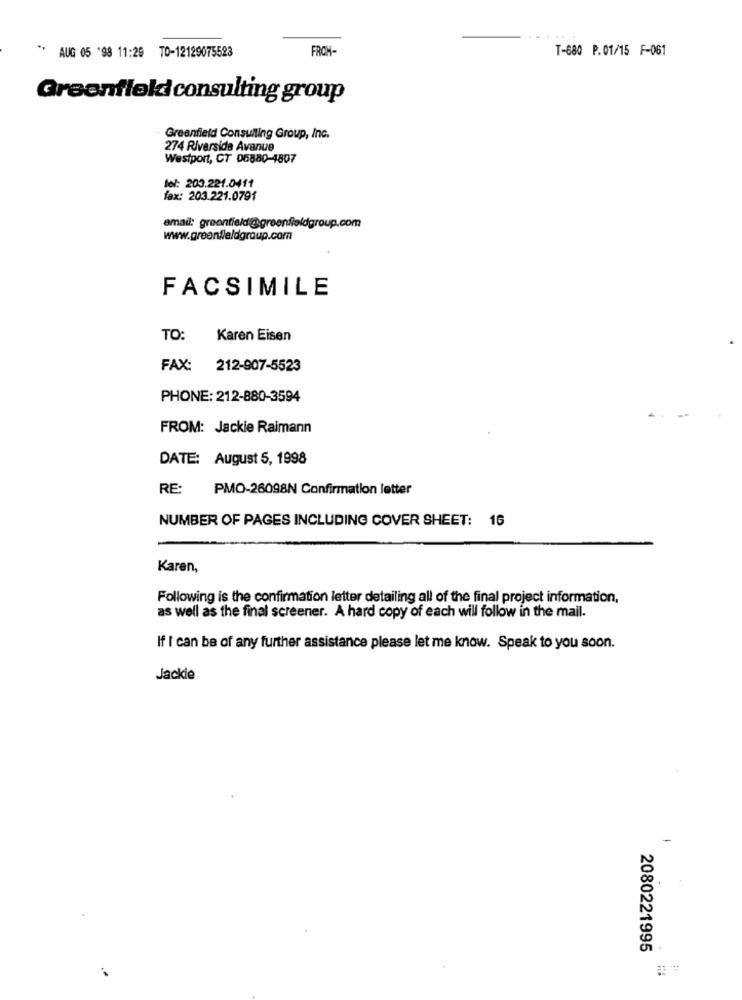
FROH-
T-680 P.01/15 F-061
** AUG 05 '98 11:29 TO-12129075523
Greenfield consulting group
Greenfield Consulting Group, Inc.
274 Riverside Avanue
Westport, CT 06880-4807
fol: 203.221.0411
fax: 203.221.0791
email: greenfield@greenfieldgroup.com
www.greenfieldgroup.com
FACSIMILE
TO:
Karen Eisen
FAX:
212-907-5523
PHONE: 212-880-3594
FROM: Jackie Raimann
DATE: August 5, 1998
RE:
PMO-26098N Confirmation letter
NUMBER OF PAGES INCLUDING COVER SHEET: 16
Karen,
Following is the confirmation letter detailing all of the final project information,
as well as the final screener. A hard copy of each will follow in the mail.
If I can be of any further assistance please let me know. Speak to you soon.
Jackie
-
2080221995